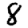
Digit: 8